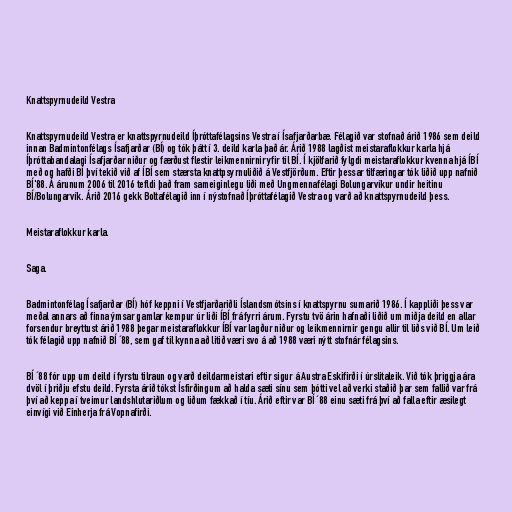
Knattspyrnudeild Vestra

Knattspyrnudeild Vestra er knattspyrnudeild Íþróttafélagsins Vestra í Ísafjarðarbæ. Félagið var stofnað árið 1986 sem deild
innan Badmintonfélags Ísafjarðar (BÍ) og tók þátt í 3. deild karla það ár. Árið 1988 lagðist meistaraflokkur karla hjá
Íþróttabandalagi Ísafjarðar niður og færðust flestir leikmennirnir yfir til BÍ. Í kjölfarið fylgdi meistaraflokkur kvenna hjá ÍBÍ
með og hafði BÍ því tekið við af ÍBÍ sem stærsta knattpsyrnuliðið á Vestfjörðum. Eftir þessar tilfæringar tók liðið upp nafnið
BÍ'88. Á árunum 2006 til 2016 tefldi það fram sameiginlegu liði með Ungmennafélagi Bolungarvíkur undir heitinu
BÍ/Bolungarvík. Árið 2016 gekk Boltafélagið inn í nýstofnað Íþróttafélagið Vestra og varð að knattspyrnudeild þess.

Meistaraflokkur karla.

Saga.

Badmintonfélag Ísafjarðar (BÍ) hóf keppni í Vestfjarðariðli Íslandsmótsins í knattspyrnu sumarið 1986. Í kappliði þess var
meðal annars að finna ýmsar gamlar kempur úr liði ÍBÍ frá fyrri árum. Fyrstu tvö árin hafnaði liðið um miðja deild en allar
forsendur breyttust árið 1988 þegar meistaraflokkur ÍBÍ var lagður niður og leikmennirnir gengu allir til liðs við BÍ. Um leið
tók félagið upp nafnið BÍ ´88, sem gaf til kynna að litið væri svo á að 1988 væri nýtt stofnár félagsins.

BÍ ´88 fór upp um deild í fyrstu tilraun og varð deildarmeistari eftir sigur á Austra Eskifirði í úrslitaleik. Við tók þriggja ára
dvöl í þriðju efstu deild. Fyrsta árið tókst Ísfirðingum að halda sæti sínu sem þótti vel að verki staðið þar sem fallið var frá
því að keppa í tveimur landshlutariðlum og liðum fækkað í tíu. Árið eftir var BÍ ´88 einu sæti frá því að falla eftir æsilegt
einvígi við Einherja frá Vopnafirði.